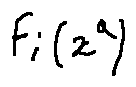
f _ { i } ( x ^ { a } )